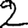
Digit: 2